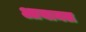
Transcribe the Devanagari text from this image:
आयामल